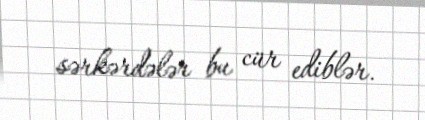
sərkərdələr bu cür ediblər.